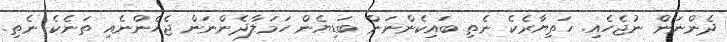
ދެންނަން ނުޖެހެއި. ހަތިޔާރެކެ ނެތި ބައިކެންނަން ބަޑިޔެން ހަމަލާދެންނަން ޖެހެންނެއި ތަނެކެ ނެތި.